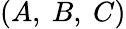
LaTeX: (A,\ B,\ C)